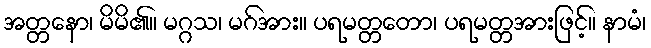
အတ္တနော၊ မိမိ၏။ မဂ္ဂသ၊ မဂ်အား။ ပရမတ္တတော၊ ပရမတ္တအားဖြင့်။ နာမံ၊